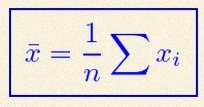
\bar{x}=\frac1n\sum x_i